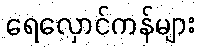
ရေလှောင်ကန်များ